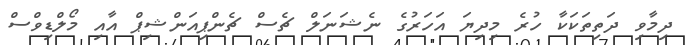
ދިމާވި ދަތިތަކަކާ ހުރެ މިދިޔަ އަހަރުގެ ނެޝަނަލް ޗެސް ޗެންޕިއަންޝިޕް އާއި މޯލްޑިވްސް